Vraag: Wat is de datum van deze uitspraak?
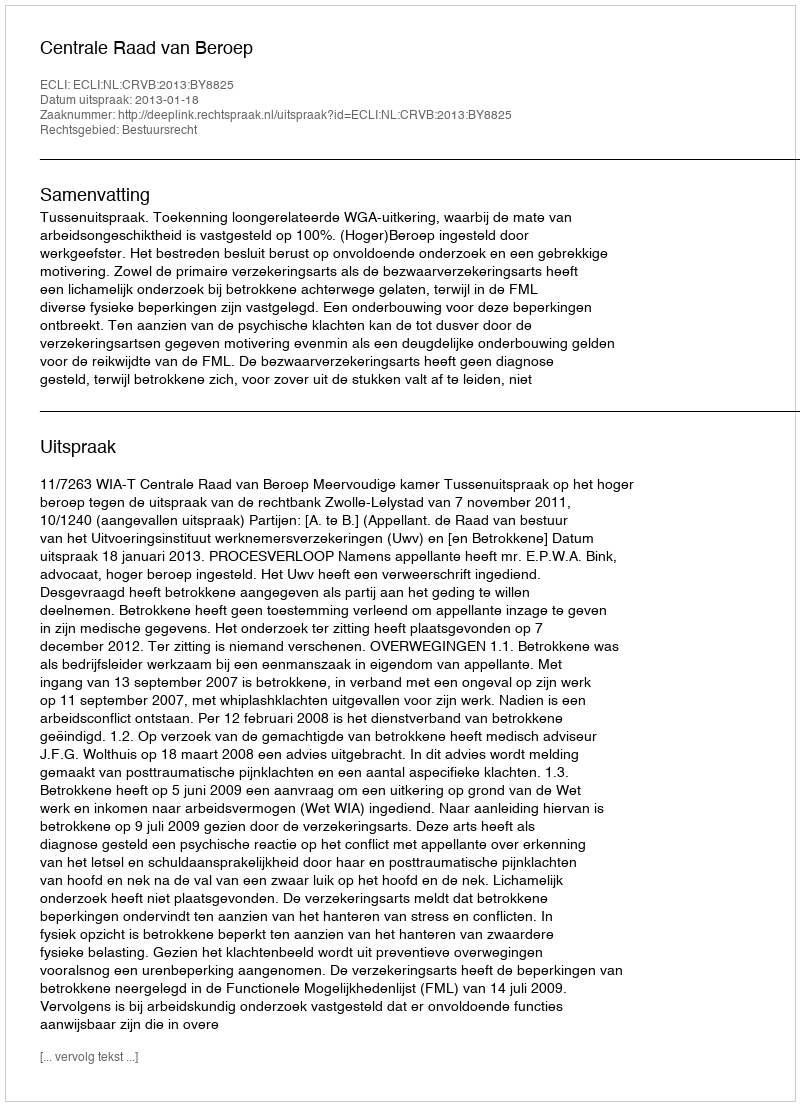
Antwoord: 2013-01-18